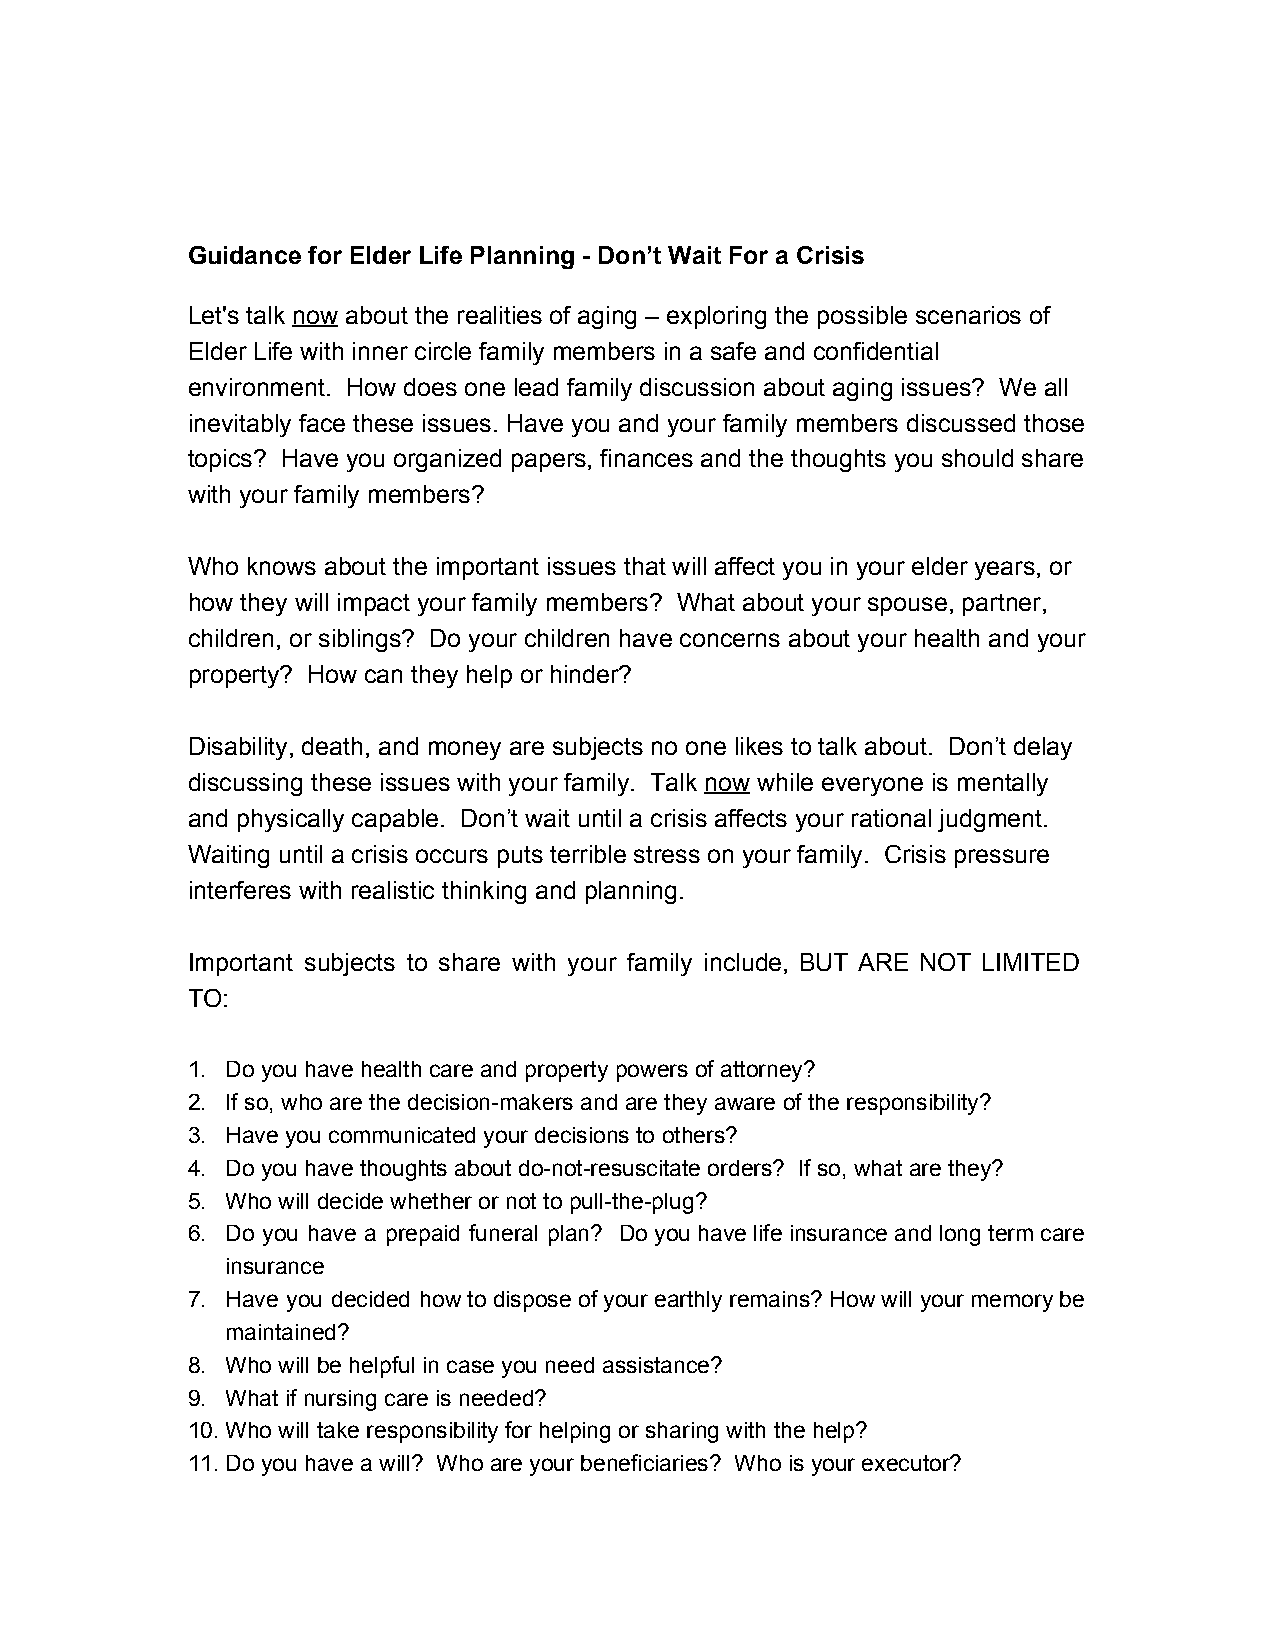
Guidance for Elder Life Planning ­ Don’t Wait For a Crisis
 Let's talk now about the realities of aging – exploring the possible scenarios of
 ​  ​
 Elder Life with inner circle family members in a safe and confidential
 environment. How does one lead family discussion about aging issues? We all
 inevitably face these issues. Have you and your family members discussed those
 topics? Have you organized papers, finances and the thoughts you should share
 with your family members?
 Who knows about the important issues that will affect you in your elder years, or
 how they will impact your family members? What about your spouse, partner,
 children, or siblings? Do your children have concerns about your health and your
 property? How can they help or hinder?
 Disability, death, and money are subjects no one likes to talk about. Don’t delay
 discussing these issues with your family. Talk now while everyone is mentally
 ​  ​
 and physically capable. Don’t wait until a crisis affects your rational judgment.
 Waiting until a crisis occurs puts terrible stress on your family. Crisis pressure
 interferes with realistic thinking and planning.
 Important subjects to share with your family include, BUT ARE NOT LIMITED
 TO:
 1. Do you have health care and property powers of attorney?
 2. If so, who are the decision­makers and are they aware of the responsibility?
 3. Have you communicated your decisions to others?
 4. Do you have thoughts about do­not­resuscitate orders? If so, what are they?
 5. Who will decide whether or not to pull­the­plug?
 6. Do you have a prepaid funeral plan? Do you have life insurance and long term care
 insurance
 7. Have you decided how to dispose of your earthly remains? How will your memory be
 maintained?
 8. Who will be helpful in case you need assistance?
 9. What if nursing care is needed?
 10.Who will take responsibility for helping or sharing with the help?
 11.Do you have a will? Who are your beneficiaries? Who is your executor?